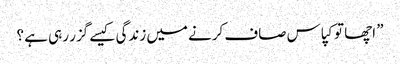
” اچھا تو کپاس صاف کرنے میں زندگی کیسے گزر رہی ہے ؟